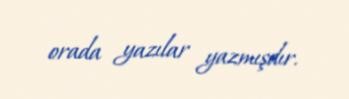
orada yazılar yazmışdır.